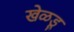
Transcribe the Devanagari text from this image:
खेळडू